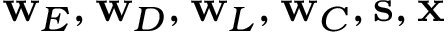
\mathbf { w } _ { E } , \mathbf { w } _ { D } , \mathbf { w } _ { L } , \mathbf { w } _ { C } , \mathbf { s } , \mathbf { x }